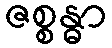
ဇစ္စန္ဓာ